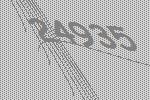
24935